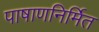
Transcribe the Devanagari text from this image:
पाषाणनिर्मित